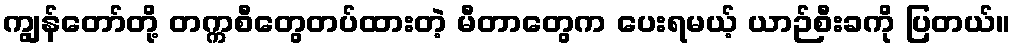
ကျွန်တော်တို့ တက္ကစီတွေတပ်ထားတဲ့ မီတာတွေက ပေးရမယ့် ယာဉ်စီးခကို ပြတယ်။